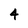
Character: 4